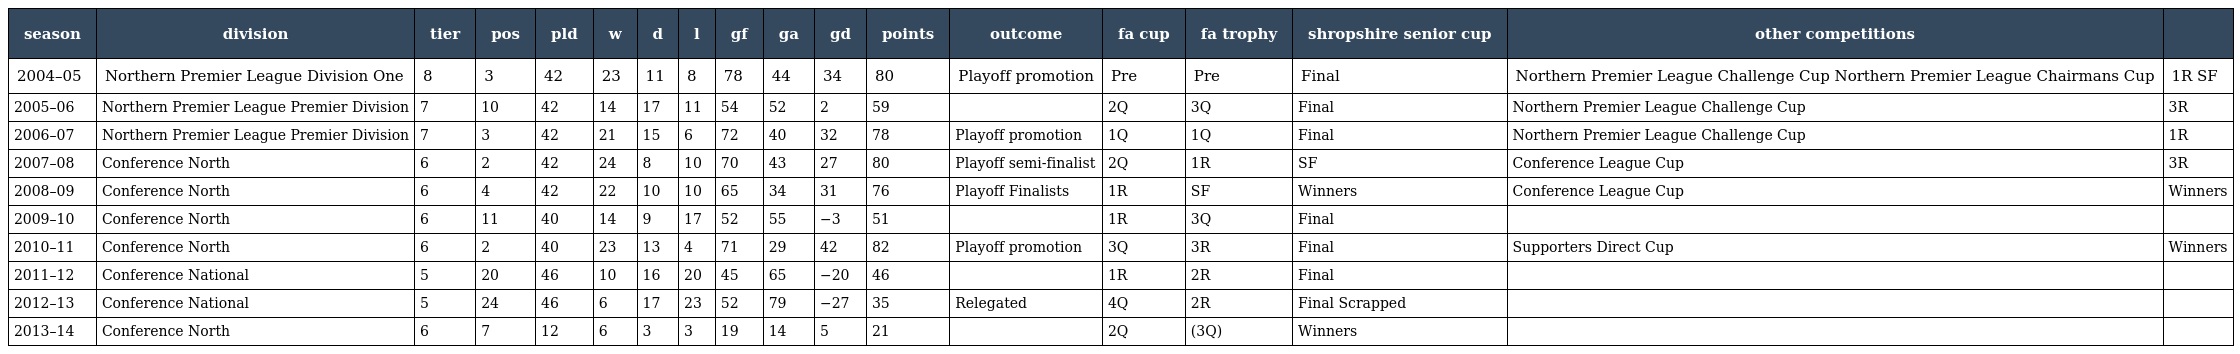
| season | division | tier | pos | pld | w | d | l | gf | ga | gd | points | outcome | fa cup | fa trophy | shropshire senior cup | other competitions |  |
 | --- | --- | --- | --- | --- | --- | --- | --- | --- | --- | --- | --- | --- | --- | --- | --- | --- | --- |
 | 2004–05 | Northern Premier League Division One | 8 | 3 | 42 | 23 | 11 | 8 | 78 | 44 | 34 | 80 | Playoff promotion | Pre | Pre | Final | Northern Premier League Challenge Cup Northern Premier League Chairmans Cup | 1R SF |
 | 2005–06 | Northern Premier League Premier Division | 7 | 10 | 42 | 14 | 17 | 11 | 54 | 52 | 2 | 59 |  | 2Q | 3Q | Final | Northern Premier League Challenge Cup | 3R |
 | 2006–07 | Northern Premier League Premier Division | 7 | 3 | 42 | 21 | 15 | 6 | 72 | 40 | 32 | 78 | Playoff promotion | 1Q | 1Q | Final | Northern Premier League Challenge Cup | 1R |
 | 2007–08 | Conference North | 6 | 2 | 42 | 24 | 8 | 10 | 70 | 43 | 27 | 80 | Playoff semi-finalist | 2Q | 1R | SF | Conference League Cup | 3R |
 | 2008–09 | Conference North | 6 | 4 | 42 | 22 | 10 | 10 | 65 | 34 | 31 | 76 | Playoff Finalists | 1R | SF | Winners | Conference League Cup | Winners |
 | 2009–10 | Conference North | 6 | 11 | 40 | 14 | 9 | 17 | 52 | 55 | −3 | 51 |  | 1R | 3Q | Final |  |  |
 | 2010–11 | Conference North | 6 | 2 | 40 | 23 | 13 | 4 | 71 | 29 | 42 | 82 | Playoff promotion | 3Q | 3R | Final | Supporters Direct Cup | Winners |
 | 2011–12 | Conference National | 5 | 20 | 46 | 10 | 16 | 20 | 45 | 65 | −20 | 46 |  | 1R | 2R | Final |  |  |
 | 2012–13 | Conference National | 5 | 24 | 46 | 6 | 17 | 23 | 52 | 79 | −27 | 35 | Relegated | 4Q | 2R | Final Scrapped |  |  |
 | 2013–14 | Conference North | 6 | 7 | 12 | 6 | 3 | 3 | 19 | 14 | 5 | 21 |  | 2Q | (3Q) | Winners |  |  |